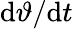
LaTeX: \mathrm{d}\vartheta/\mathrm{d}t